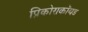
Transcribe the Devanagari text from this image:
प्रिकोराकॉयड